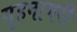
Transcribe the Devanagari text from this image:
गृहनागरी